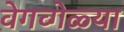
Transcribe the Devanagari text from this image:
वेगव्गेळ्या